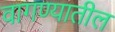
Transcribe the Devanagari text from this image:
वागण्यातील